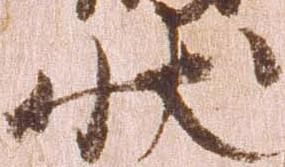
状